65_HS1-834228961_62-HQ-83894_Section_8
Agency: FBI
Page 46
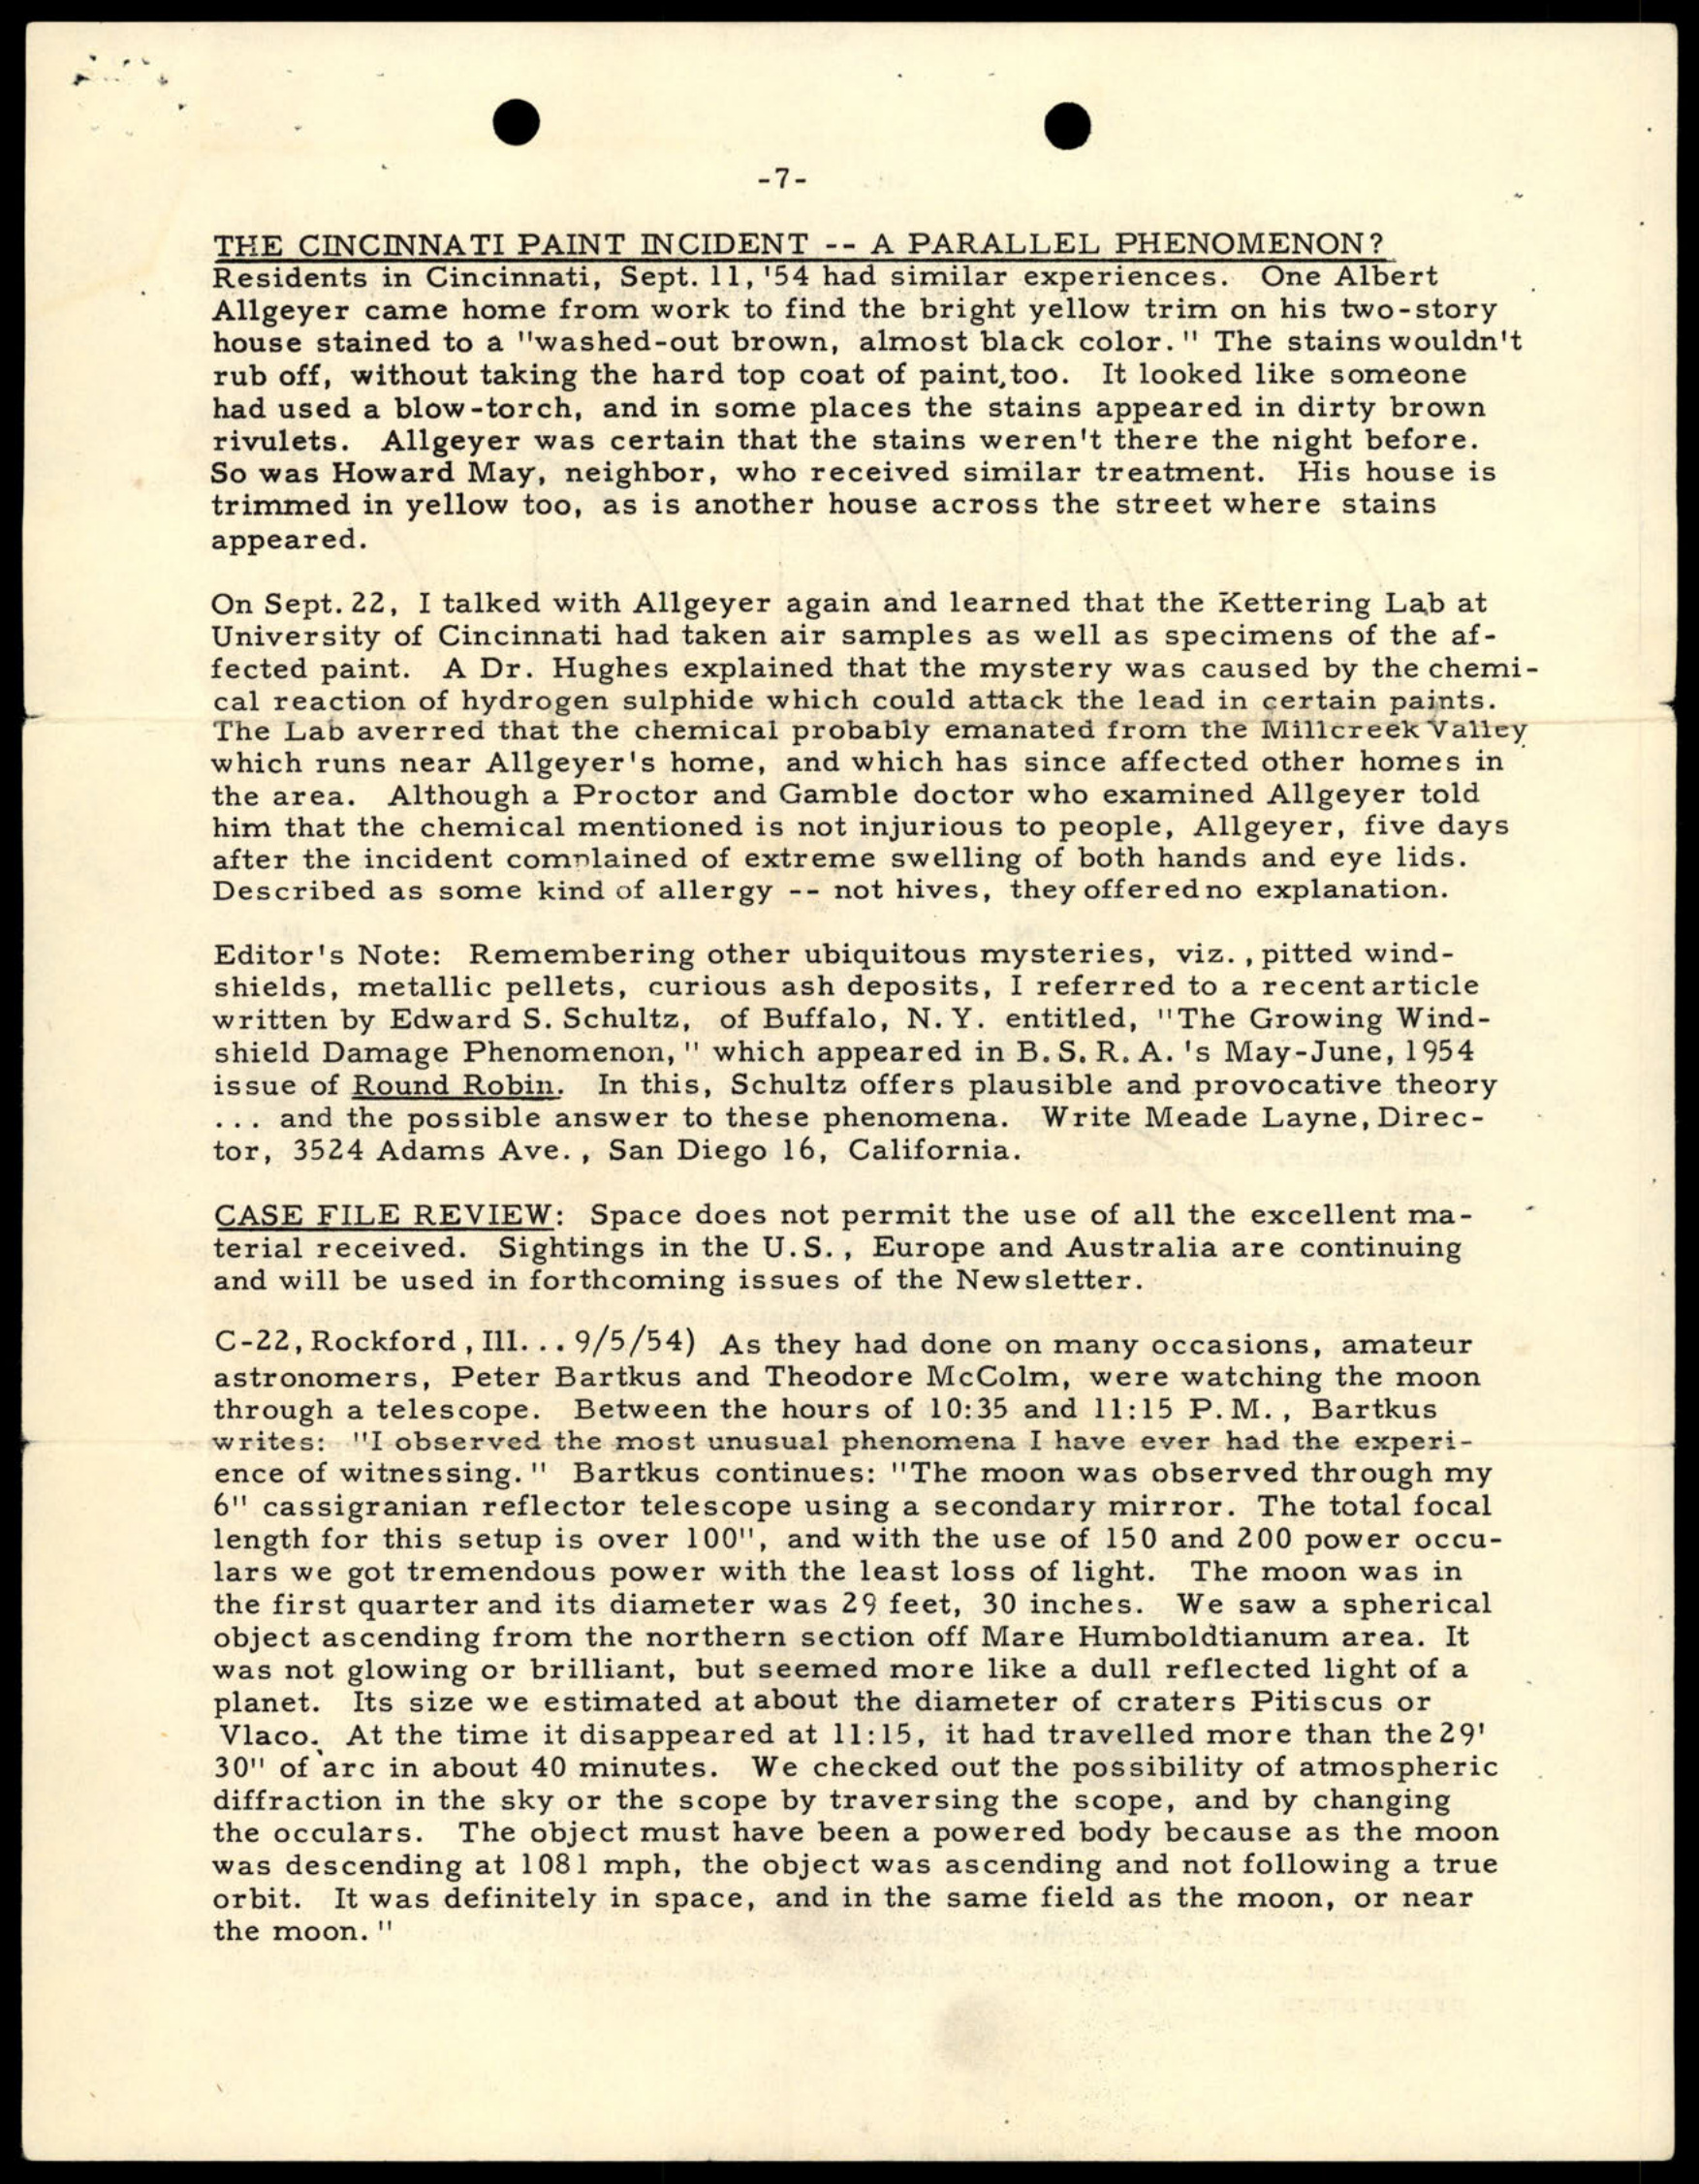